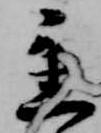
置